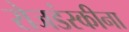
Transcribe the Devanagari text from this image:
रोजडंस्कीना